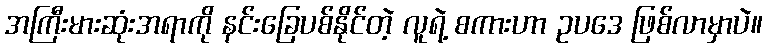
အကြီးမားဆုံးအရာကို နင်းခြေပစ်နိုင်တဲ့ လူရဲ့ စကားဟာ ဥပဒေ ဖြစ်လာမှာပဲ။